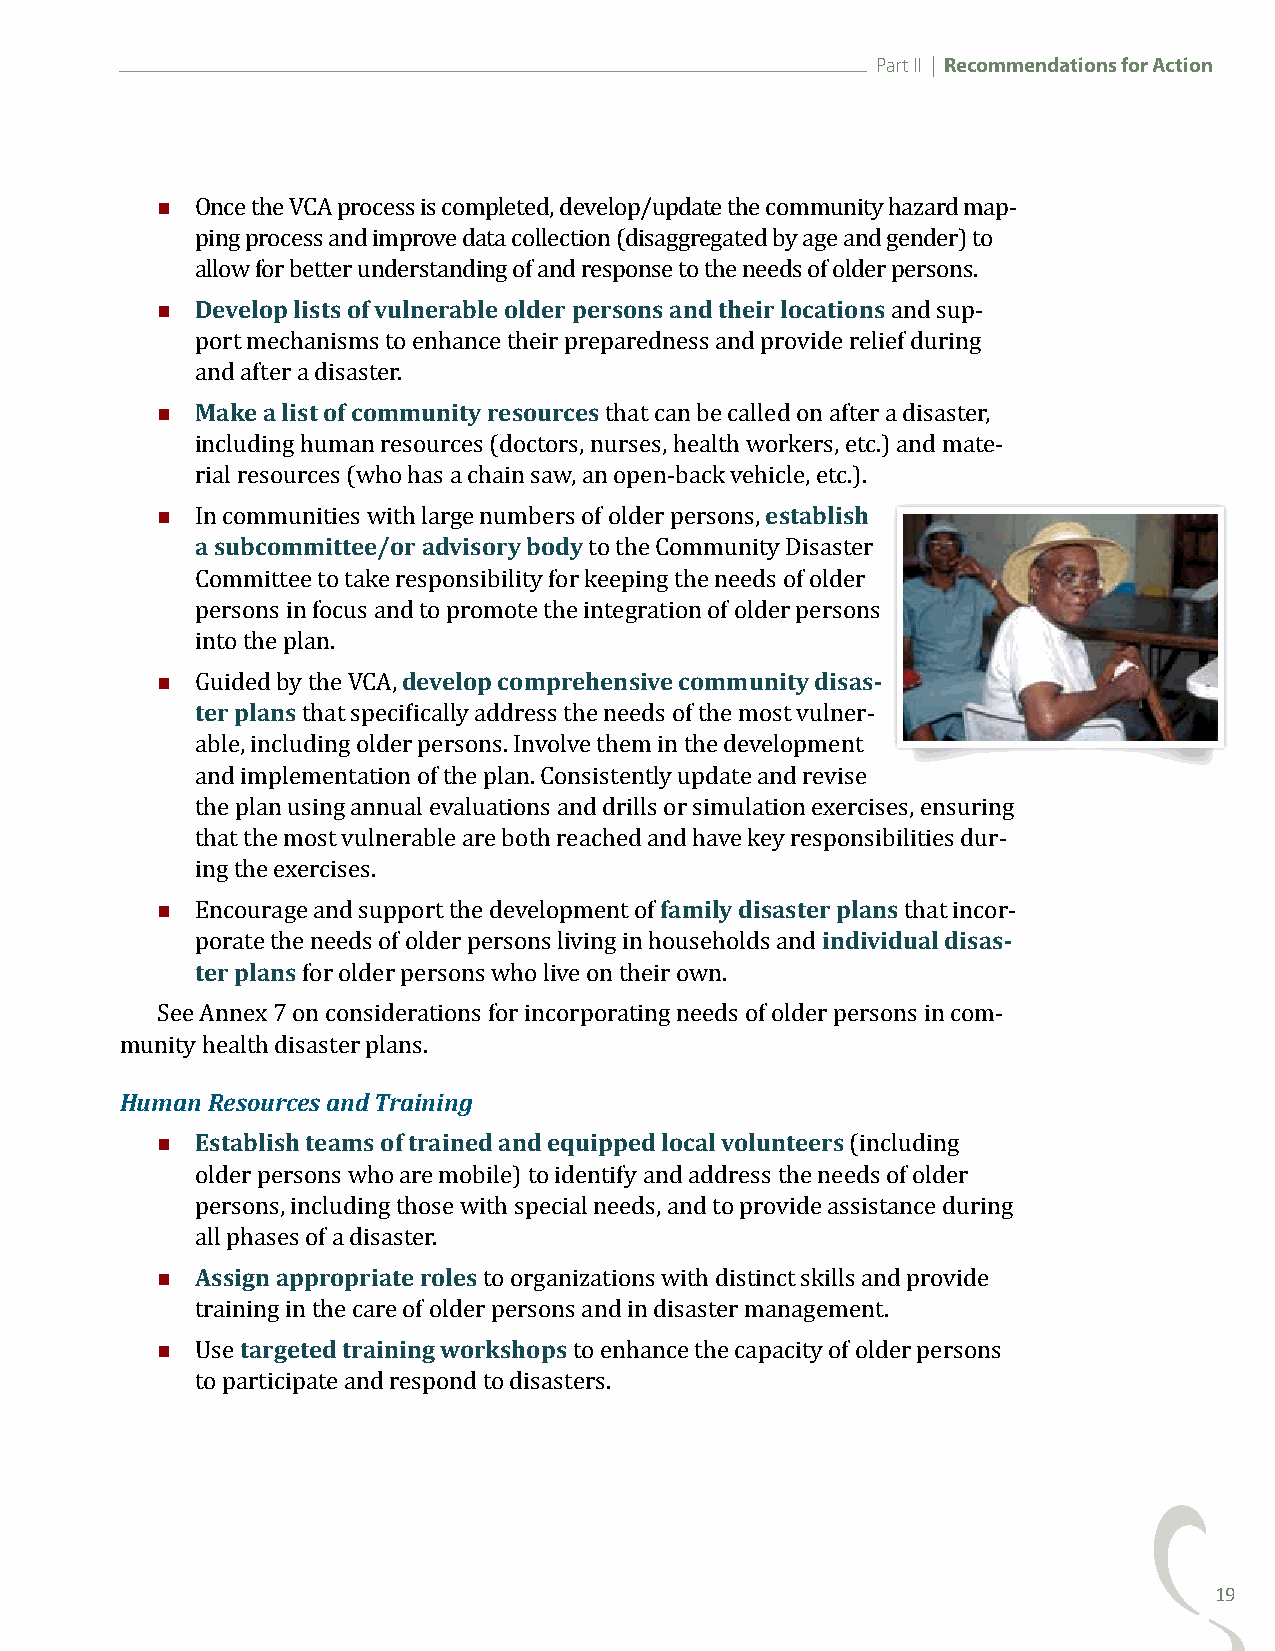
Part II | Recommendations for Action
 
 Once the VCA process is completed, develop/update the community hazard map-
 ping process and improve data collection (disaggregated by age and gender) to
   Develop lists of vulnerable older persons and their locations
 allow for better understanding of and response to the needs of older persons.
 and sup-
 port mechanisms to enhance their preparedness and provide relief during
   Make a list of community resources
 and after a disaster.
 that can be called on after a disaster,
 including human resources (doctors, nurses, health workers, etc.) and mate-
                                         establish
 rial resources (who has a chain saw, an open-back vehicle, etc.).
 a subcommittee/or advisory body
 In communities with large numbers of older persons,
 to the Community Disaster
 Committee to take responsibility for keeping the needs of older
 persons in focus and to promote the integration of older persons
                 develop comprehensive community disas-
 into the plan.
 ter plans
 Guided by the VCA,
 that specifically address the needs of the most vulner-
 able, including older persons. Involve them in the development
 and implementation of the plan. Consistently update and revise
 the plan using annual evaluations and drills or simulation exercises, ensuring
 that the most vulnerable are both reached and have key responsibilities dur-
                                  family disaster plans
 ing the exercises.
 individual disas-
 Encourage and support the development of       that incor-
 ter plans
 porate the needs of older persons living in households and
 for older persons who live on their own.
 See Annex 7 on considerations for incorporating needs of older persons in com-
 mHuumniatyn h Reeaslothu drciseass atenrd p Tlarnasin. ing
   Establish teams of trained and equipped local volunteers
 (including
 older persons who are mobile) to identify and address the needs of older
 persons, including those with special needs, and to provide assistance during
   Assign appropriate roles
 all phases of a disaster.
 to organizations with distinct skills and provide
      targeted training workshops
 training in the care of older persons and in disaster management.
 Use                      to enhance the capacity of older persons
 to participate and respond to disasters.
 19